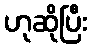
ဟုဆိုပြီး